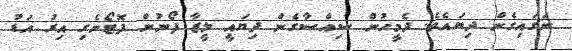
ނަގައިގެން ދިޔައެވެ. ދެމީހުން ސިއްސާގެން ދިޔައީ ލީޒާ ފޯނުން ފޮޓޯނެގި އިރު އަޑު